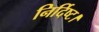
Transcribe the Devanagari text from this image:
निर्दिष्ट।